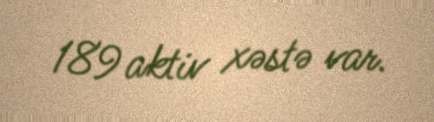
189 aktiv xəstə var.